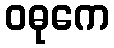
ဝဓုကေ